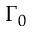
\Gamma _ { 0 }